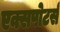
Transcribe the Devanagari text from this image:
एक्सपोटर्स